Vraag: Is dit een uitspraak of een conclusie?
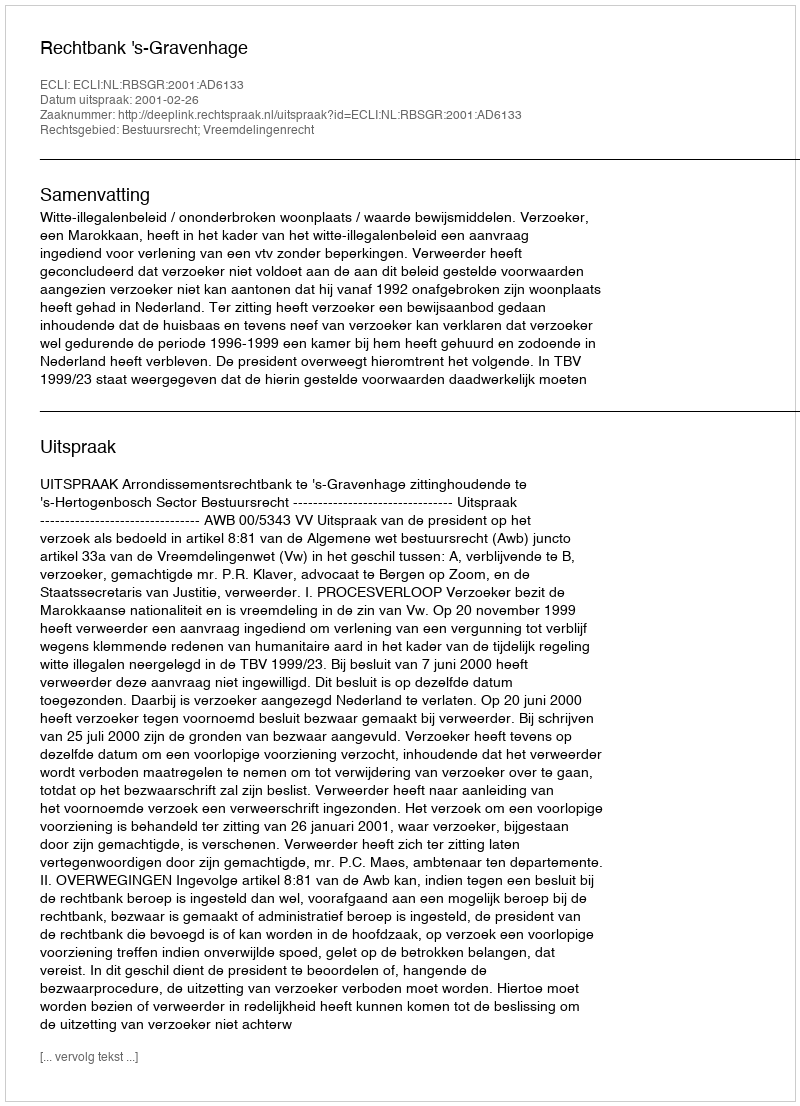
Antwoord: Uitspraak